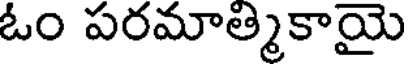
ఓం పరమాత్మికాయై